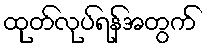
ထုတ်လုပ်ရန်အတွက်